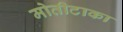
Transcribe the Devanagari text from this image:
मोतीटाका